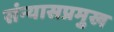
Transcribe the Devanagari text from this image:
संन्यासप्रमुख